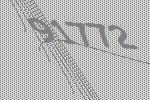
91772